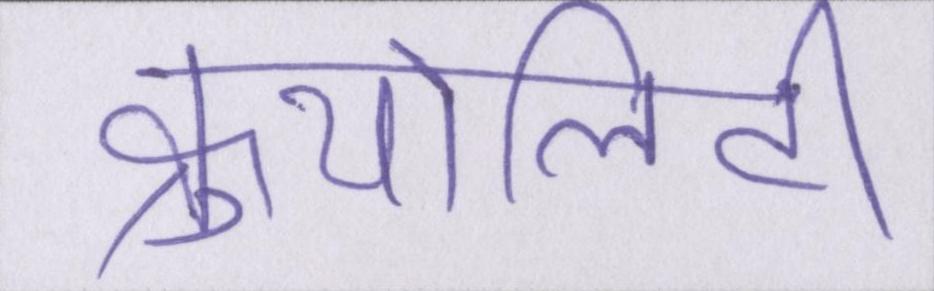
क्रुयेलिटी